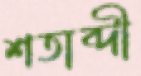
শতাব্দী